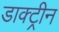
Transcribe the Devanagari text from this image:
डाक्ट्रीन